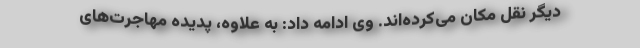
دیگر نقل مکان می‌کرده‌اند. وی ادامه داد: به علاوه، پدیده مهاجرت‌های